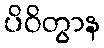
ပိဝိတွာန